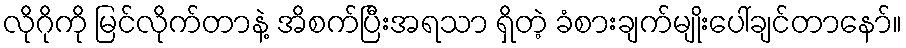
လိုဂိုကို မြင်လိုက်တာနဲ့ အိစက်ပြီးအရသာ ရှိတဲ့ ခံစားချက်မျိုးပေါ်ချင်တာနော်။